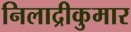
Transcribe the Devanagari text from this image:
निलाद्रीकुमार